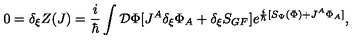
0 = \delta _ { \xi } Z ( J ) = \frac { i } { \hbar } \int { \cal { D } } \Phi [ J ^ { A } \delta _ { \xi } \Phi _ { A } + \delta _ { \xi } S _ { G F } ] e ^ { \frac { i } { \hbar } [ S _ { \Psi } ( \Phi ) + J ^ { A } \Phi _ { A } ] } ,